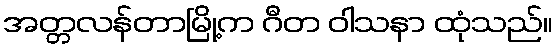
အတ္တလန်တာမြို့က ဂီတ ဝါသနာ ထုံသည်။